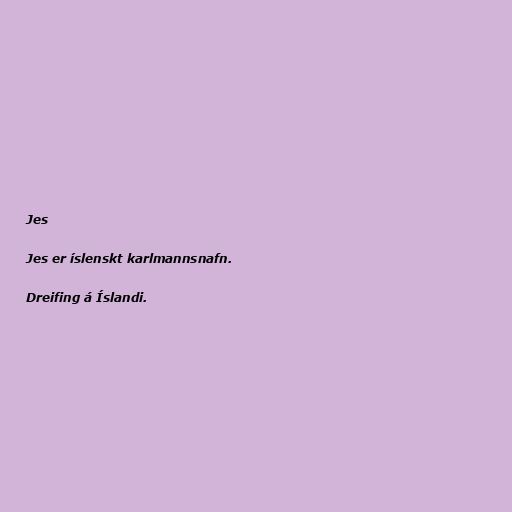
Jes

Jes er íslenskt karlmannsnafn.

Dreifing á Íslandi.